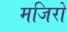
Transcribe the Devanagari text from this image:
मजिरो